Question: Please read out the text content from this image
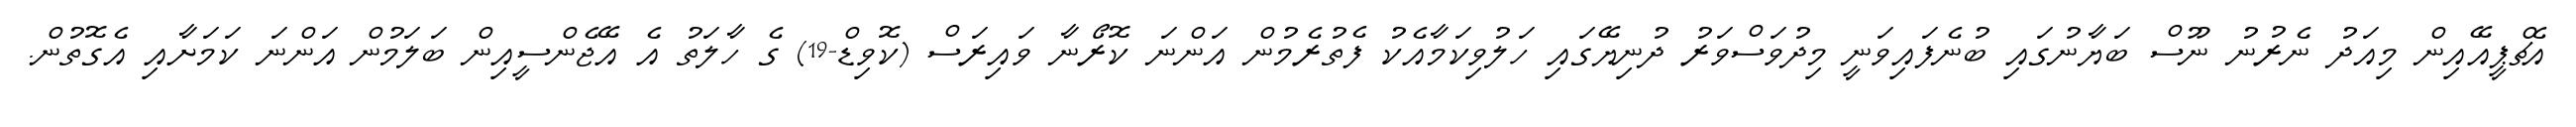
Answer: އެޗްޕީއޭއިން މިއަދު ނެރުނު ނޫސް ބަޔާނުގައި ބުނެފައިވަނީ މިދުވަސްވަރު ދުނިޔޭގައި ހަލުވިކަމާއެކު ފެތުރެމުން އަންނަ ކޮރޯނާ ވައިރަސް (ކޮވިޑް-19) ގެ ހާލަތު އެ އޭޖެންސީއިން ބަލަމުން އަންނަ ކަމަށާއި އެގޮތުން.